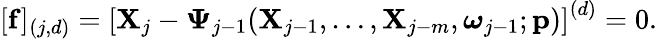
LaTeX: \begin{array}{r}{[\mathbf{f}]_{(j,d)}=\left[\mathbf{X}_{j}-\boldsymbol{\Psi}_{j-1}(\mathbf{X}_{j-1},\ldots,\mathbf{X}_{j-m},\boldsymbol{\omega}_{j-1};\mathbf{p})\right]^{(d)}=0.}\end{array}